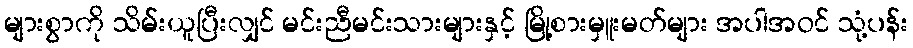
များစွာကို သိမ်းယူပြီးလျှင် မင်းညီမင်းသားများနှင့် မြို့စားမှူးမတ်များ အပါအဝင် သုံ့ပန်း